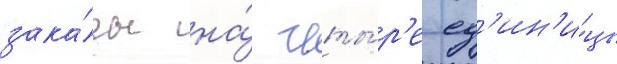
зака́зы на́ четы́р'е ед'ин'и́цы